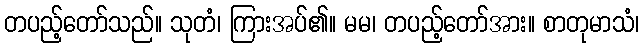
တပည့်တော်သည်။ သုတံ၊ ကြားအပ်၏။ မမ၊ တပည့်တော်အား။ စာတုမာသံ၊